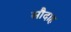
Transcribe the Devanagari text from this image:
सौदाह